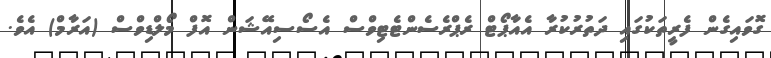
ގޮވައިގެން ފެރީތަކުގައި ދަތުރުކުރާ އެއާޕޯޓް ރެޕްރެސެންޓެޓިވްސް އެސޯސިއޭޝަން އޮފް މޯލްޑިވްސް (އަރާމް) އެވެ.